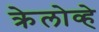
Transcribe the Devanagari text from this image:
क्रेलोव्हे